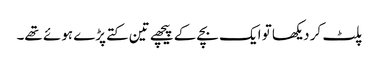
پلٹ کر دیکھا تو ایک بچے کے پیچھے تین کتے پڑے ہوئے تھے۔